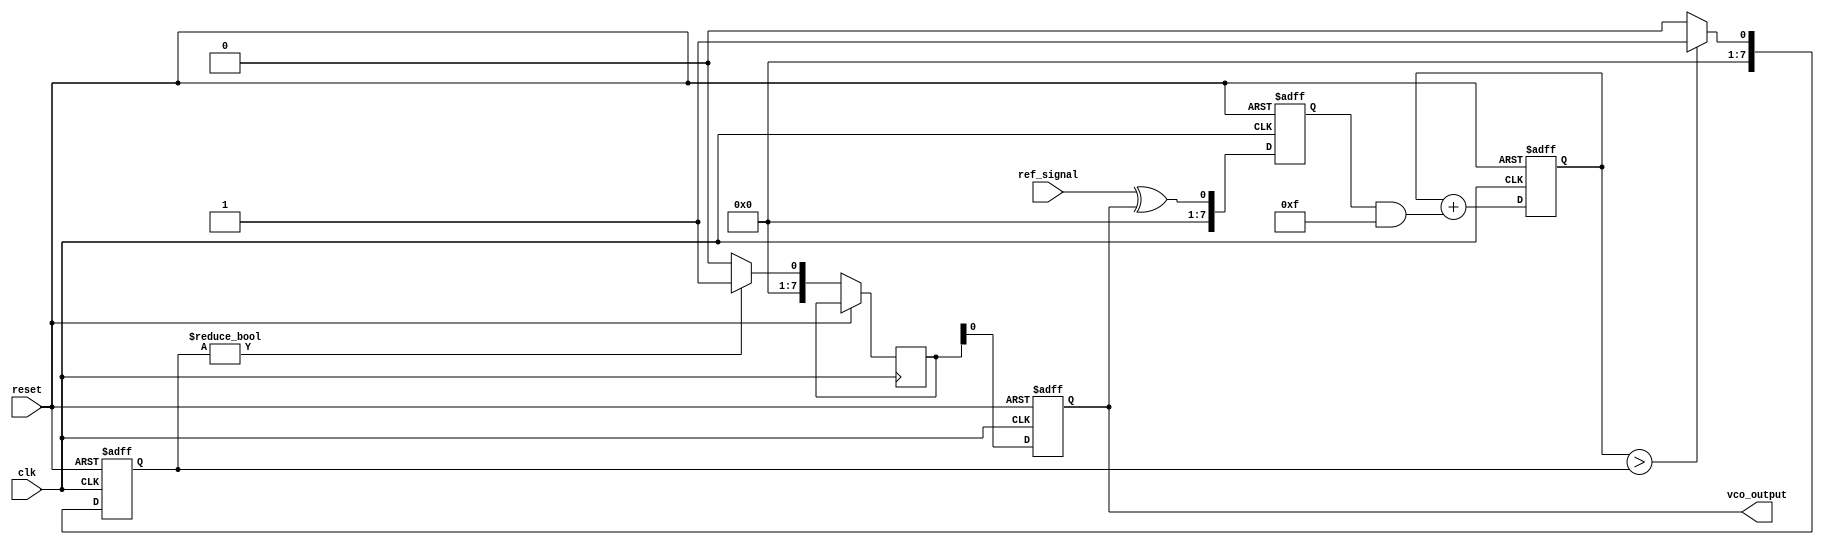
module sigma_delta_pll (
    input wire clk,          // System clock
    input wire reset,        // Reset signal
    input wire ref_signal,   // Reference signal input
    output reg vco_output     // VCO output
);

// Parameters
parameter N = 8;            // Bit width for the sigma-delta modulator
parameter LOOP_FILTER_COEF = 8'b00001111; // Coefficient for the loop filter

// Internal signals
reg [N-1:0] phase_error;    // Phase error signal
reg [N-1:0] filtered_signal; // Filtered signal from the loop filter
reg [N-1:0] sigma_delta_out; // Output of the sigma-delta modulator
wire dac_output;            // Output of the DAC
reg [N-1:0] vco_input;      // Input to the VCO

// Phase Detector
always @(posedge clk or posedge reset) begin
    if (reset) begin
        phase_error <= 0;
    end else begin
        // Simple phase detector logic (XOR for demonstration)
        phase_error <= ref_signal ^ vco_output;
    end
end

// Loop Filter (Simple Integrator)
always @(posedge clk or posedge reset) begin
    if (reset) begin
        filtered_signal <= 0;
    end else begin
        // Simple first-order low-pass filter
        filtered_signal <= filtered_signal + (phase_error & LOOP_FILTER_COEF);
    end
end

// Sigma-Delta Modulator
always @(posedge clk or posedge reset) begin
    if (reset) begin
        sigma_delta_out <= 0;
    end else begin
        // Simple 1-bit Sigma-Delta Modulator
        if (filtered_signal > sigma_delta_out)
            sigma_delta_out <= 1;
        else
            sigma_delta_out <= 0;
    end
end

// Digital-to-Analog Converter (DAC) - simple threshold based
assign dac_output = (sigma_delta_out) ? 1'b1 : 1'b0;

// Voltage-Controlled Oscillator (VCO)
always @(posedge clk or posedge reset) begin
    if (reset) begin
        vco_output <= 0;
    end else begin
        // VCO output based on DAC output
        vco_input <= dac_output; // VCO input from DAC
        vco_output <= vco_input;  // For simplicity, direct mapping
    end
end

endmodule